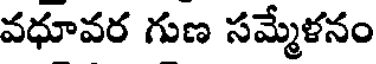
వధూవర గుణ సమ్మేళనం